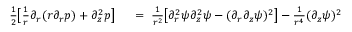
\begin{array} { r l } { \frac 1 2 \big [ \frac 1 r \partial _ { r } ( r \partial _ { r } p ) + \partial _ { z } ^ { 2 } p \big ] \ } & { { } = \ \frac { 1 } { r ^ { 2 } } \big [ \partial _ { r } ^ { 2 } \psi \partial _ { z } ^ { 2 } \psi - ( \partial _ { r } \partial _ { z } \psi ) ^ { 2 } \big ] - \frac { 1 } { r ^ { 4 } } ( \partial _ { z } \psi ) ^ { 2 } } \end{array}